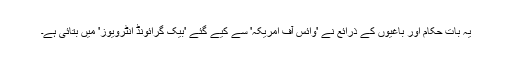
یہ بات حکام اور باغیوں کے ذرائع نے 'وائس آف امریکہ' سے کیے گئے 'بیک گرائونڈ انٹرویوز' میں بتائی ہے۔